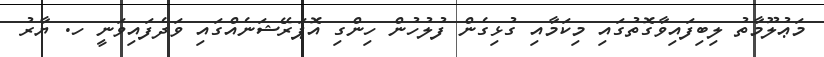
މަޢުލޫމާތު ލިބިފައިވާގޮތުގައި މިކަމާއި ގުޅިގެން ފުލުހުން ހިންގި އޮޕަރޭޝަނެއްގައި ވަދެފައިވަނީ ހ. ޔާރު